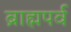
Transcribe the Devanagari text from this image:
ब्राह्मपर्व